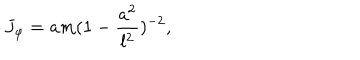
J _ { \varphi } = a m ( 1 - \frac { a ^ { 2 } } { l ^ { 2 } } ) ^ { - 2 } ,